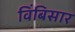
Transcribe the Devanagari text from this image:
विंबिसार